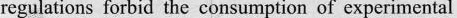
regulations forbid the consumption of experimental